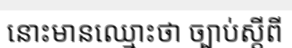
នោះមានឈ្មោះថា ច្បាប់ស្តីពី